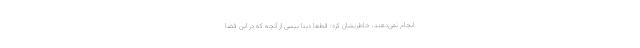
انجام نمی‌دهند، خاطرنشان کرد: قطعا دیتا بیسی از آنچه که در این فضا